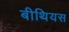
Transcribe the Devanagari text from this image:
बीथियस